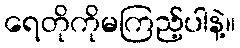
ရေတိုကိုမကြည့်ပါနဲ့။